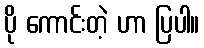
ပို ကောင်းတဲ့ ဟာ ပြပါ။